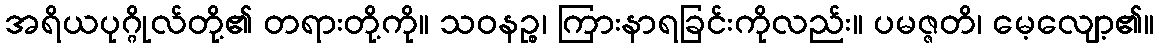
အရိယပုဂ္ဂိုလ်တို့၏ တရားတို့ကို။ သဝနဉ္စ၊ ကြားနာရခြင်းကိုလည်း။ ပမဇ္ဇတိ၊ မေ့လျော့၏။